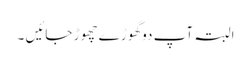
البتہ آپ دو گھوڑے چھوڑ جائیں ۔